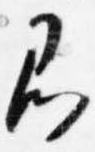
即